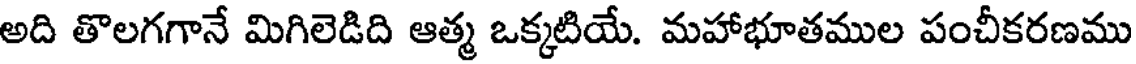
అది తొలగగానే మిగిలెడిది ఆత్మ ఒక్కటియే. మహాభూతముల పంచీకరణము